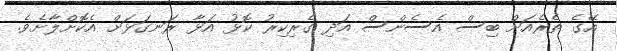
އޭގެ ތެރެއަށް ބިސް އެސެންސް އަދި ގެރިކިރު ކޮޅު އަޅާ ރަނގަޅަށް އެކޮށްލާށެވެ.